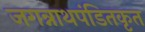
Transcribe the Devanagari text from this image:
जगन्नाथपंडितकृत